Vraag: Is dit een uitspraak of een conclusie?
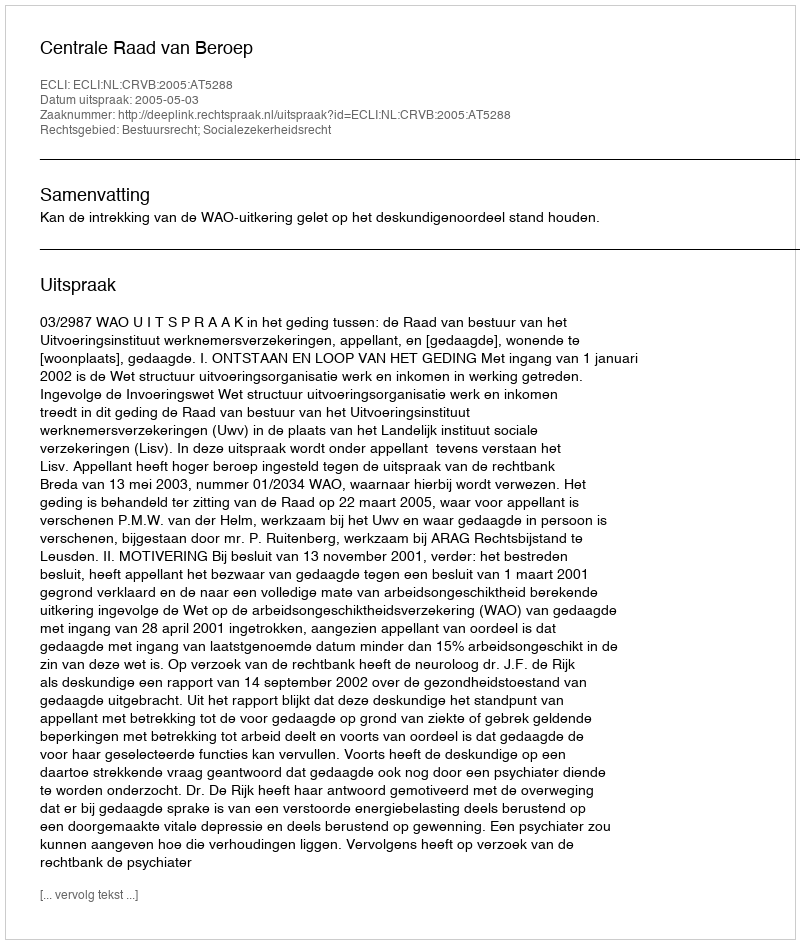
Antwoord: Uitspraak